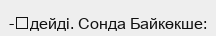
-	дейді. Сонда Байкөкше: